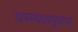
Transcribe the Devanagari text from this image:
परम्परानुरूप